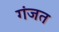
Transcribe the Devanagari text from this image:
गंजत